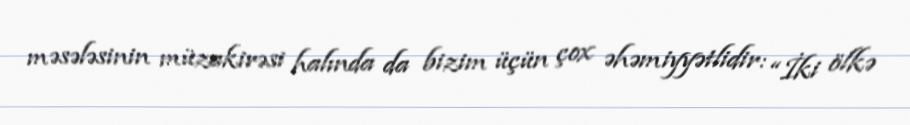
məsələsinin müzakirəsi halında da bizim üçün çox əhəmiyyətlidir: “İki ölkə